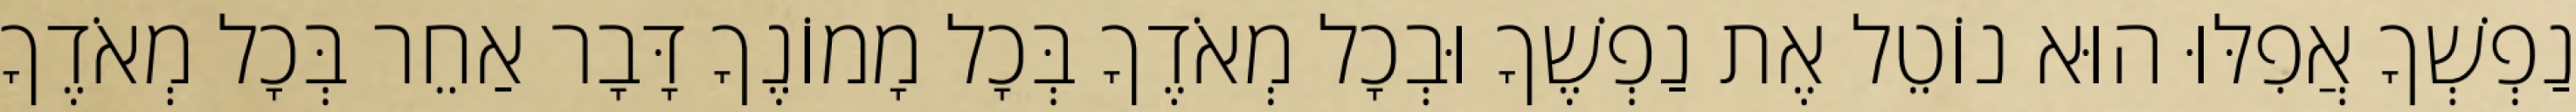
נַפְשְׁךָ אֲפִלּוּ הוּא נוֹטֵל אֶת נַפְשֶׁךָ וּבְכָל מְאֹדֶךָ בְּכָל מָמוֹנֶךָ דָּבָר אַחֵר בְּכָל מְאֹדֶךָ